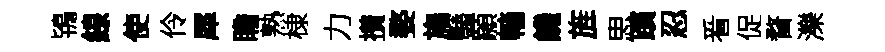
鴇線使伶犀瞻熟棣力攅婺旛豔願轖饑旌思躓忍㸔促瞀濼